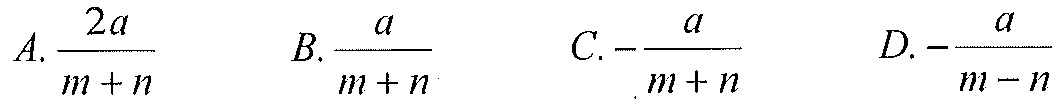
\[
A.\frac{2a}{m + n}\quad
B.\frac{a}{m + n}\quad
C.-\frac{a}{m + n}\quad
D.-\frac{a}{m - n}
\]